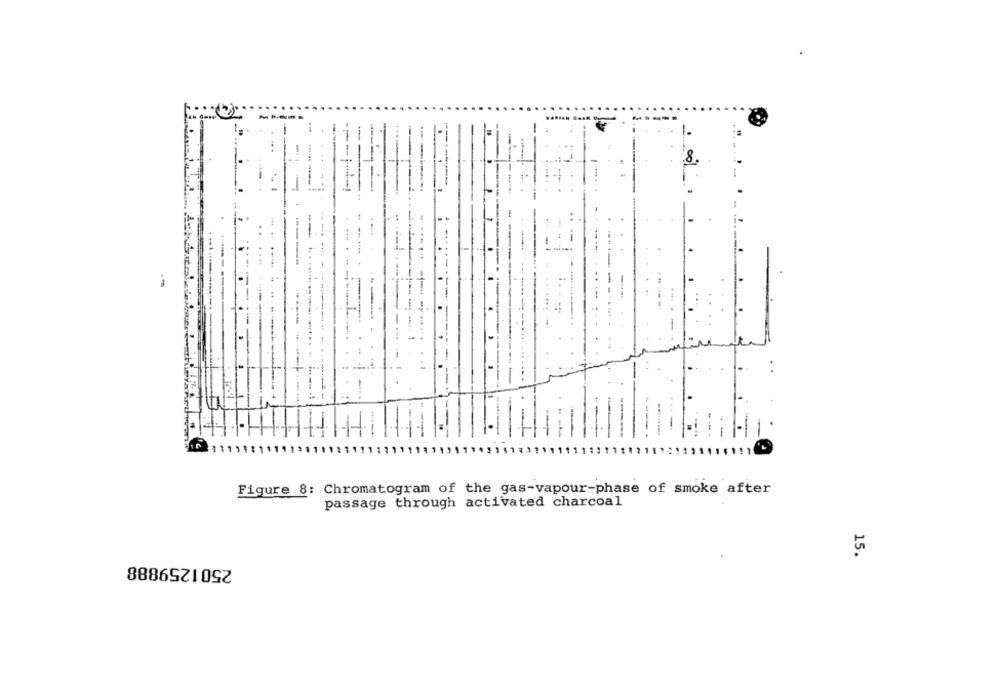
--
-
-
-
-
-
-----.
-
----
+
--
1.
102111111111
Figure 8: Chromatogram of the gas-vapour-phase of smoke after
passage through activated charcoal
2501259888
15.